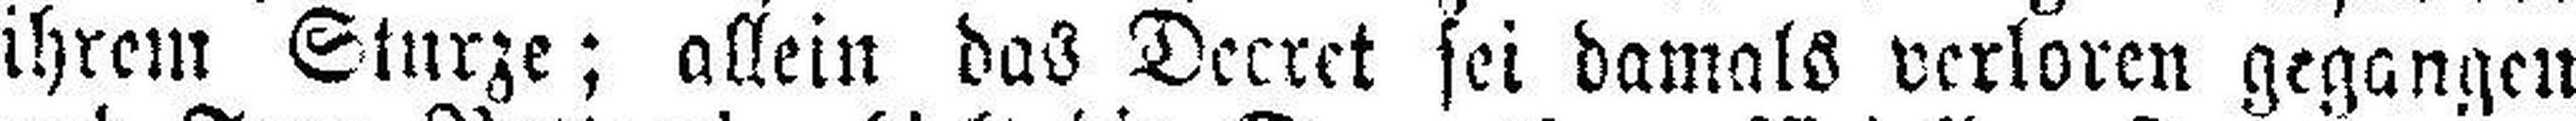
ihrem Sturze; allein das Decret sei damals verloren gegangen